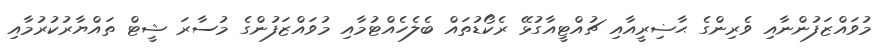
މުވައްޒަފުންނާއި ވެރިންގެ ޙާޟިރީއާއި ޗުއްޓީއާގުޅޭ ރެކޯޑުތައް ބެލެހެއްޓުމާއި މުވައްޒަފުންގެ މުސާރަ ޝީޓް ތައްޔާރުކުރުމާއި